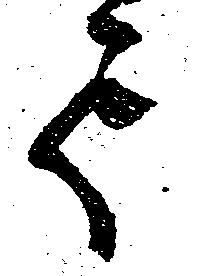
て